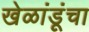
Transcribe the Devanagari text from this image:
खेळांडूंचा